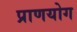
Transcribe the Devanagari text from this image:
प्राणयोग